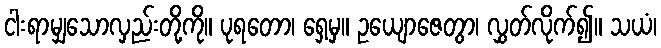
ငါးရာမျှသောလှည်းတို့ကို။ ပုရတော၊ ရှေ့မှ။ ဥယျောဇေတွာ၊ လွှတ်လိုက်၍။ သယံ၊